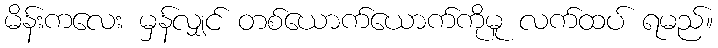
မိန်းကလေး မှန်လျှင် တစ်ယောက်ယောက်ကိုမူ လက်ထပ် ရမည်။